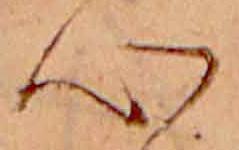
心